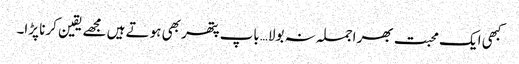
کبھی ایک محبت بھر اجملہ نہ بولا…باپ پتھر بھی ہوتے ہیں مجھے یقین کرنا پڑا۔